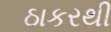
ઠાકરથી